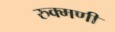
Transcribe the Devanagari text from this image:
रुक्‍मणी